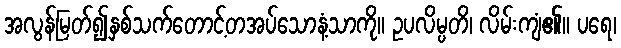
အလွန်မြတ်၍နှစ်သက်တောင့်တအပ်သောနံ့သာကို။ ဥပလိမ္ပတိ၊ လိမ်းကျံ၏။ ပရေ၊